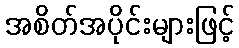
အစိတ်အပိုင်းများဖြင့်